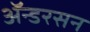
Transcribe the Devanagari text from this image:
ॲन्डरसन